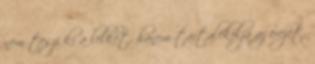
nem teszi ki a lelkét, hanem tartalékolja az erejét.